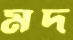
মদ